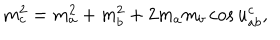
LaTeX: m _ { c } ^ { 2 } = m _ { a } ^ { 2 } + m _ { b } ^ { 2 } + 2 m _ { a } m _ { b } \cos u _ { a b } ^ { c } ,